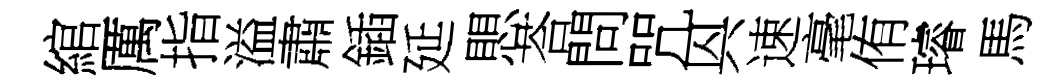
綰厲指溢肅鍤延愳荅問咒㒷速毫侑璿馬